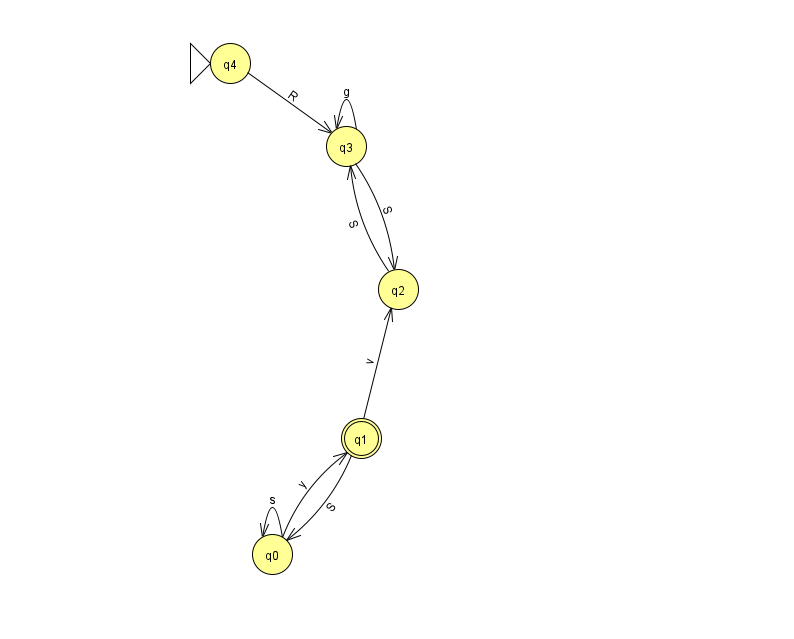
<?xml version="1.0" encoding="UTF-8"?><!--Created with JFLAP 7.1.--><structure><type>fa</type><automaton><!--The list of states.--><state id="0" name="q0"><x>272.0</x><y>541.0</y></state><state id="1" name="q1"><x>361.0</x><y>425.0</y><final/></state><state id="2" name="q2"><x>398.0</x><y>276.0</y></state><state id="3" name="q3"><x>346.0</x><y>133.0</y></state><state id="4" name="q4"><x>230.0</x><y>50.0</y><initial/></state><!--The list of transitions.--><transition><from>2</from><to>3</to><read>S</read></transition><transition><from>3</from><to>2</to><read>S</read></transition><transition><from>0</from><to>0</to><read>s</read></transition><transition><from>0</from><to>1</to><read>y</read></transition><transition><from>3</from><to>3</to><read>g</read></transition><transition><from>4</from><to>3</to><read>R</read></transition><transition><from>1</from><to>0</to><read>S</read></transition><transition><from>1</from><to>2</to><read>v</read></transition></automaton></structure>